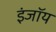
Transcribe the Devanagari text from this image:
इंजॉय